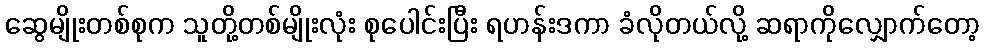
ဆွေမျိုးတစ်စုက သူတို့တစ်မျိုးလုံး စုပေါင်းပြီး ရဟန်းဒကာ ခံလိုတယ်လို့ ဆရာကိုလျှောက်တော့